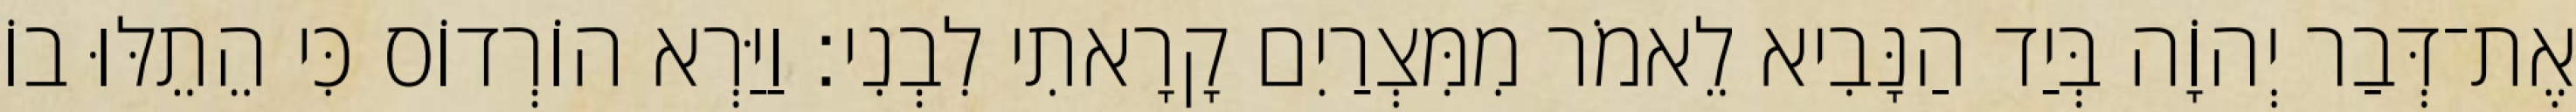
אֶת־דְּבַר יְהוָֹה בְּיַד הַנָּבִיא לֵאמֹר מִמִּצְרַיִם קָרָאתִי לִבְנִי׃ וַיַּרְא הוֹרְדוֹס כִּי הֵתֵלּוּ בוֹ